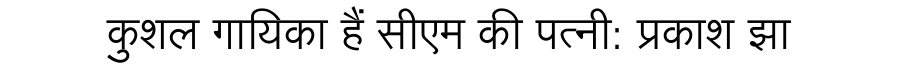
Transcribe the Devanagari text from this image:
कुशल गायिका हैं सीएम की पत्नी: प्रकाश झा